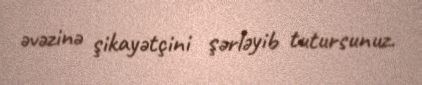
əvəzinə şikayətçini şərləyib tutursunuz.